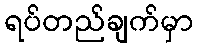
ရပ်တည်ချက်မှာ